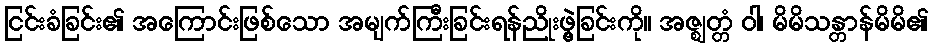
ငြင်းခံခြင်း၏ အကြောင်းဖြစ်သော အမျက်ကြီးခြင်းရန်ညိုးဖွဲ့ခြင်းကို။ အဇ္ဈတ္တံ ဝါ၊ မိမိသန္တာန်မိမိ၏